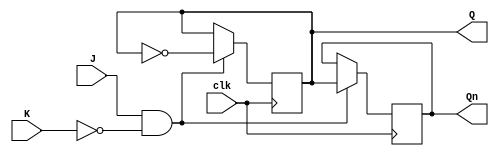
module jk_flipflop (
    input J, // Set input
    input K, // Reset input
    input clk, // Clock input
    output reg Q, // Output
    output reg Qn // Complement output
);

always @(posedge clk) begin
    if (J && !K) begin
        Q <= ~Q;
        Qn <= Q;
    end else if (J && K) begin
        // No change in state
    end
end

endmodule